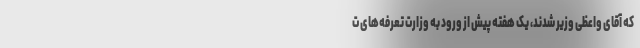
که آقای واعظی وزیر شدند، یک هفته پیش از ورود به وزارت تعرفه‌های ت